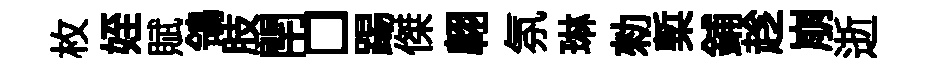
枚姪賦鴒肢閈□踢傑翺氛琳勑槧鋪趁崩逝